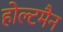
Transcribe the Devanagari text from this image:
होल्टमैन